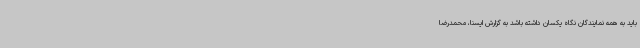
باید به همه نمایندگان نگاه یکسان داشته باشد به گزارش ایسنا، محمدرضا